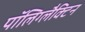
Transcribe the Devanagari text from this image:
पॉलिग्लैक्टिन